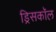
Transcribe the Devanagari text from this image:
ड्रिसकॉल